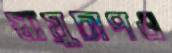
স্নায়ুচাপও